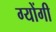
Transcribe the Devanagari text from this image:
ग्योंगी